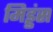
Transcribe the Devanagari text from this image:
मिड्डंस